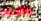
بالأشباح